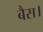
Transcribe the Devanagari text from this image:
बैस।